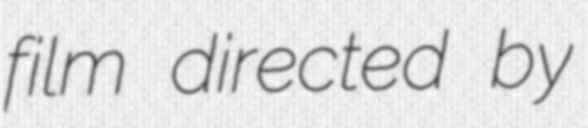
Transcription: film directed by